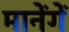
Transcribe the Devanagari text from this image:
मानेंगें